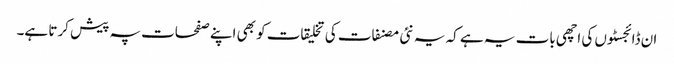
ان ڈائجسٹوں کی اچھی بات یہ ہے کہ یہ نئی مصنفات کی تخلیقات کو بھی اپنے صفحات پہ پیش کرتا ہے۔